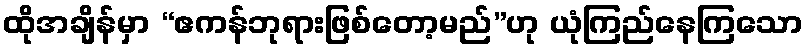
ထိုအချိန်မှာ “ဧကန်ဘုရားဖြစ်တော့မည်”ဟု ယုံကြည်နေကြသော